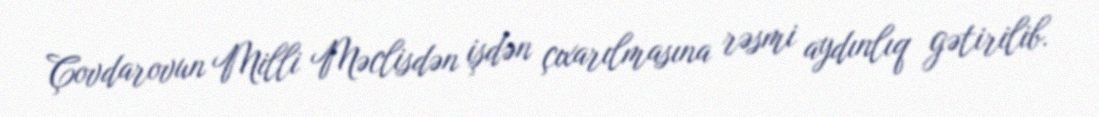
Çovdarovun Milli Məclisdən işdən çıxarılmasına rəsmi aydınlıq gətirilib.